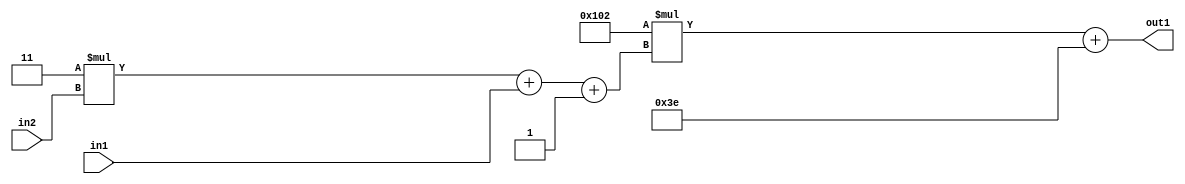
`timescale 1ps / 1ps
/*****************************************************************************
    Verilog RTL Description
    
    
    Created by: Stratus DpOpt 2019.1.01 
*******************************************************************************/

module DC_Filter_Add2i62Mul2i258Add3i1u1Mul2i3u2_4 (
	in2,
	in1,
	out1
	); /* architecture "behavioural" */ 
input [1:0] in2;
input  in1;
output [11:0] out1;
wire [11:0] asc001;
wire [3:0] asc002;

wire [3:0] asc002_tmp_0;
wire [3:0] asc002_tmp_1;
assign asc002_tmp_1 = 
	+(4'B0011 * in2);
assign asc002_tmp_0 = asc002_tmp_1
	+(in1);
assign asc002 = asc002_tmp_0
	+(4'B0001);

wire [11:0] asc001_tmp_2;
assign asc001_tmp_2 = 
	+(12'B000100000010 * asc002);
assign asc001 = asc001_tmp_2
	+(12'B000000111110);

assign out1 = asc001;
endmodule

/* CADENCE  vrP2SA0= : u9/ySgnWtBlWxVPRXgAZ4Og= ** DO NOT EDIT THIS LINE ******/